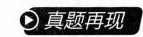
真题再现